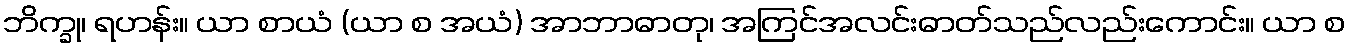
ဘိက္ခု၊ ရဟန်း။ ယာ စာယံ (ယာ စ အယံ) အာဘာဓာတု၊ အကြင်အလင်းဓာတ်သည်လည်းကောင်း။ ယာ စ